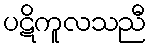
ပဋိကူလသညီ